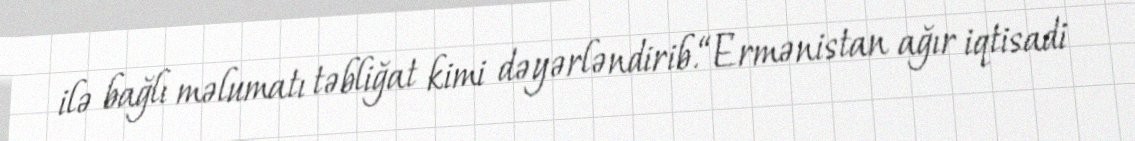
ilə bağlı məlumatı təbliğat kimi dəyərləndirib.“Ermənistan ağır iqtisadi